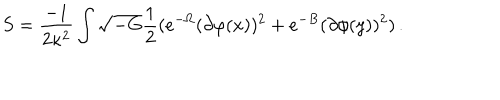
S = \frac { - 1 } { 2 \kappa ^ { 2 } } \int \sqrt { - G } \frac { 1 } { 2 } ( e ^ { - \Omega } ( \partial \varphi ( x ) ) ^ { 2 } + e ^ { - B } ( \partial \phi ( y ) ) ^ { 2 } ) \, .